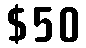
$50